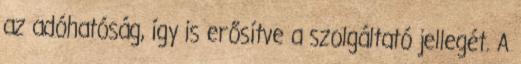
az adóhatóság, így is erősítve a szolgáltató jellegét. A